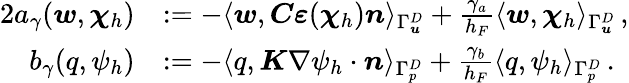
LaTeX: \begin{array}{rl}{{2}a_{\gamma}(\boldsymbol w,\boldsymbol\chi_{h})}&{:=-\langle\boldsymbol w,\boldsymbol C\boldsymbol\varepsilon(\boldsymbol\chi_{h})\boldsymbol n\rangle_{\Gamma_{\boldsymbol u}^{D}}+\frac{\gamma_{a}}{h_{F}}\langle\boldsymbol w,\boldsymbol\chi_{h}\rangle_{\Gamma_{\boldsymbol u}^{D}}\, ,}\\ {b_{\gamma}(q,\psi_{h})}&{:=-\langle q,\boldsymbol K\nabla\psi_{h}\cdot\boldsymbol n\rangle_{\Gamma_{p}^{D}}+\frac{\gamma_{b}}{h_{F}}\langle q,\psi_{h}\rangle_{\Gamma_{p}^{D}}\, .}\end{array}